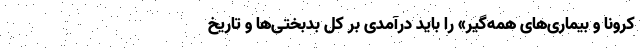
کرونا و بیماری‌های همه‌گیر» را باید درآمدی بر کل بدبختی‌ها و تاریخ